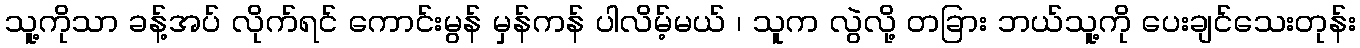
သူ့ကိုသာ ခန့်အပ် လိုက်ရင် ကောင်းမွန် မှန်ကန် ပါလိမ့်မယ် ၊ သူက လွဲလို့ တခြား ဘယ်သူ့ကို ပေးချင်သေးတုန်း